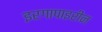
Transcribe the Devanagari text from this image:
इरगापाइरीन